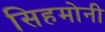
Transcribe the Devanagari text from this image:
सिहमोनी